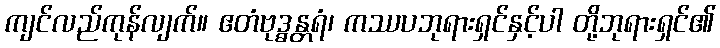
ကျင်လည်ကုန်လျက်။ ဧတံဗုဒ္ဓန္တရံ၊ ကဿပဘုရားရှင်နှင့်ပါ တို့ဘုရားရှင်၏